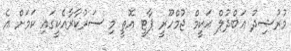
މުރުޝިދު ޢަބްދުލް ޙަކީމް ޖުމްހޫރީ ޕާޓީ އޮތީ މި ސަރުކާރާއެކީގައި ކަމަށް އެ